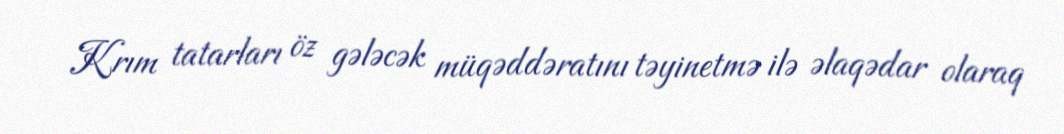
Krım tatarları öz gələcək müqəddəratını təyinetmə ilə əlaqədar olaraq